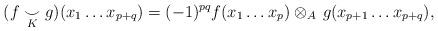
LaTeX: \begin{align*} (f\underset{K}{\smile} g) (x_1 \ldots x_{p+q}) = (-1)^{pq} f(x_1 \ldots x_p)\otimes_A \, g(x_{p+1} \ldots x_{p+q}),\end{align*}